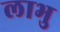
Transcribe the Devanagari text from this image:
लाभु